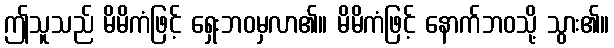
ဤသူသည် မိမိကံဖြင့် ရှေးဘဝမှလာ၏။ မိမိကံဖြင့် နောက်ဘဝသို့ သွား၏။